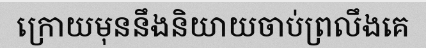
ក្រោយមុននឹងនិយាយចាប់ព្រលឹងគេ